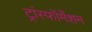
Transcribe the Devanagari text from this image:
ट्रांस्फॉर्मेशन